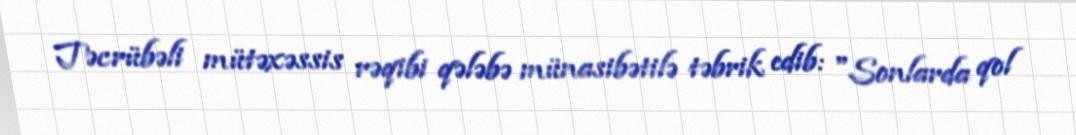
Təcrübəli mütəxəssis rəqibi qələbə münasibətilə təbrik edib: "Sonlarda qol